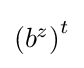
{\textstyle \left(b^{z}\right)^{t}}